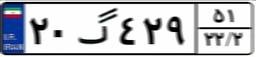
۲۰گ۴۲۹۵۱